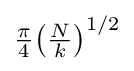
{\textstyle {\frac {\pi }{4}}{\left({\frac {N}{k}}\right)^{1/2}}}